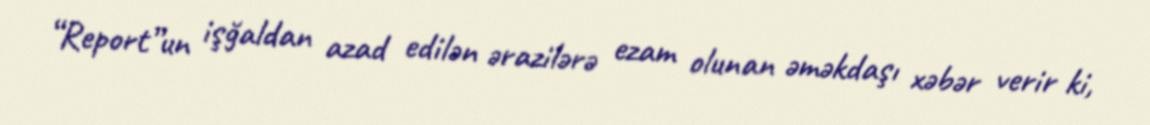
“Report”un işğaldan azad edilən ərazilərə ezam olunan əməkdaşı xəbər verir ki,